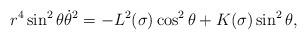
LaTeX: \begin{align*}r^4 \sin^2{\theta} \dot{\theta}^2 = - L^2(\sigma) \cos^2{\theta} + K(\sigma)\sin^2{\theta} ,\end{align*}